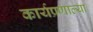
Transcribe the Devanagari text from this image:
कार्यप्रणाल्या